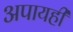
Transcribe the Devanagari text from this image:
अपायही